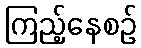
ကြည့်နေစဉ်